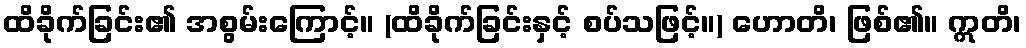
ထိခိုက်ခြင်း၏ အစွမ်းကြောင့်။ (ထိခိုက်ခြင်းနှင့် စပ်သဖြင့်။) ဟောတိ၊ ဖြစ်၏။ ဣတိ၊